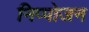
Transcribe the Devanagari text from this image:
निप्‍पोजन